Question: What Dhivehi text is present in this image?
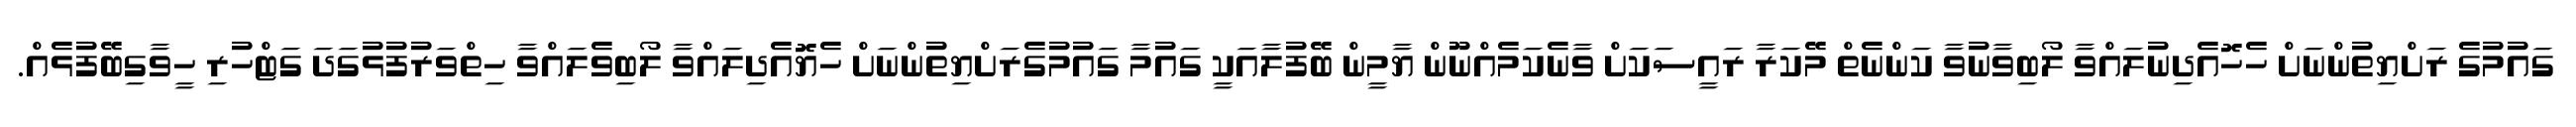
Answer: ގައުމުގެ ރަށްޔިތުންނަށް ހެހޮއެދިނުލައްވާ ލޯބިވާނުވާ ކަންނެތް މޭކަރާ ރައީސަކަށް ވާނެކަމެއްނޫން ޔާމީން ބޭފުލާއަކީ ގައުމާ ގައުމުގެރަށްޔިތުންނަށް ހެޔޮއެދިލައްވާ ލޯބިވެލައްވާ ހިތްވަރުފުޅުގަދަ ގަޓްހުރި ހީވާގިބޭފުޅެއް.